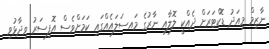
ނާޒިމް މިއަދު ޑޮކްޓަރަށް ދެއްކީ ލޮލާއި ނާރުގެ މައސަލައެއްގައި ކަމަށްވެސް އޮފިސަރު ވިދާޅުވި